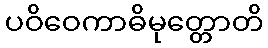
ပဝိဝေကာဓိမုတ္တောတိ